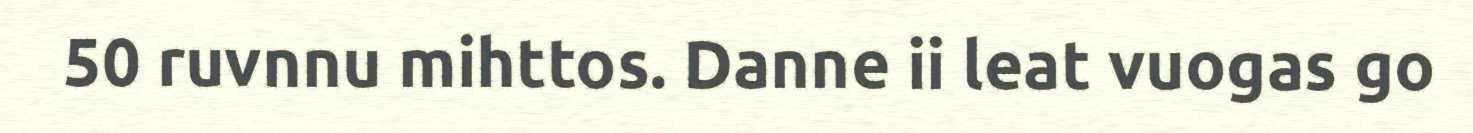
50 ruvnnu mihttos. Danne ii leat vuogas go